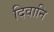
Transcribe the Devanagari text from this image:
दिवानि